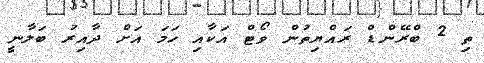
ތި 2 ބްރޭންޑް ރައްޔިތުން ވޯޓް އަކާއި ހަމަ އަށް ދާއިރު ބަލާނީ